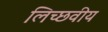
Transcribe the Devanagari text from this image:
लिच्छवीय